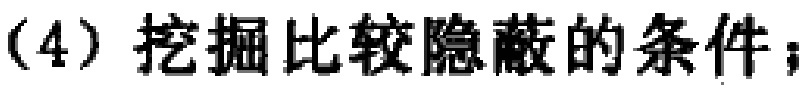
（4）挖掘比较隐蔽的条件；